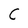
Character: C